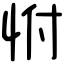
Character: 㤔